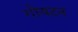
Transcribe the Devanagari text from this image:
गोयटन